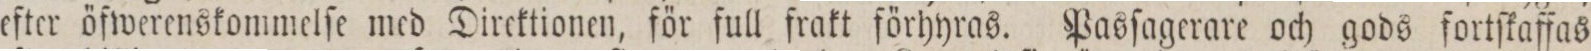
efter öfwerenskommelſe med Direktionen, för full frakt förhyras. Pasſagerare och gods fortſkaffas